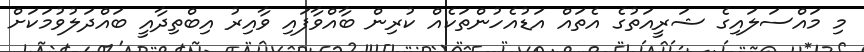
މި މައްސަލައިގެ ޝަރީއަތުގެ އެތައް އަޑުއެހުންތަކެއް ކުރިން ބާއްވާފައި ވާއިރު އިބްތިދާއީ ބައްދަލުވުމަކަށް